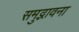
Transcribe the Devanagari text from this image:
समुद्भावना